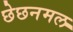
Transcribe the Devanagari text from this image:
छेछनमल